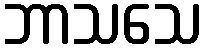
ဘာသသေ